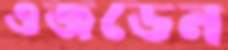
ওজডেন